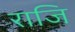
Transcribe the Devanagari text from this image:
राजि